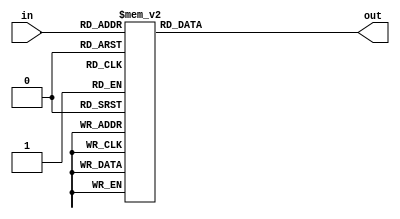
module decoder_3_to_8(
    input [2:0] in,
    output reg [7:0] out
);

always @(*)
    case (in)
        3'b000: out = 8'b00000001;
        3'b001: out = 8'b00000010;
        3'b010: out = 8'b00000100;
        3'b011: out = 8'b00001000;
        3'b100: out = 8'b00010000;
        3'b101: out = 8'b00100000;
        3'b110: out = 8'b01000000;
        3'b111: out = 8'b10000000;
    endcase

endmodule